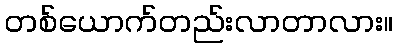
တစ်ယောက်တည်းလာတာလား။